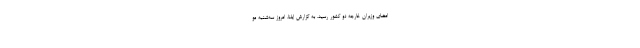
امضای وزیران خارجه دو کشور رسید. به گزارش ایلنا، امروز سه‌شنبه مو